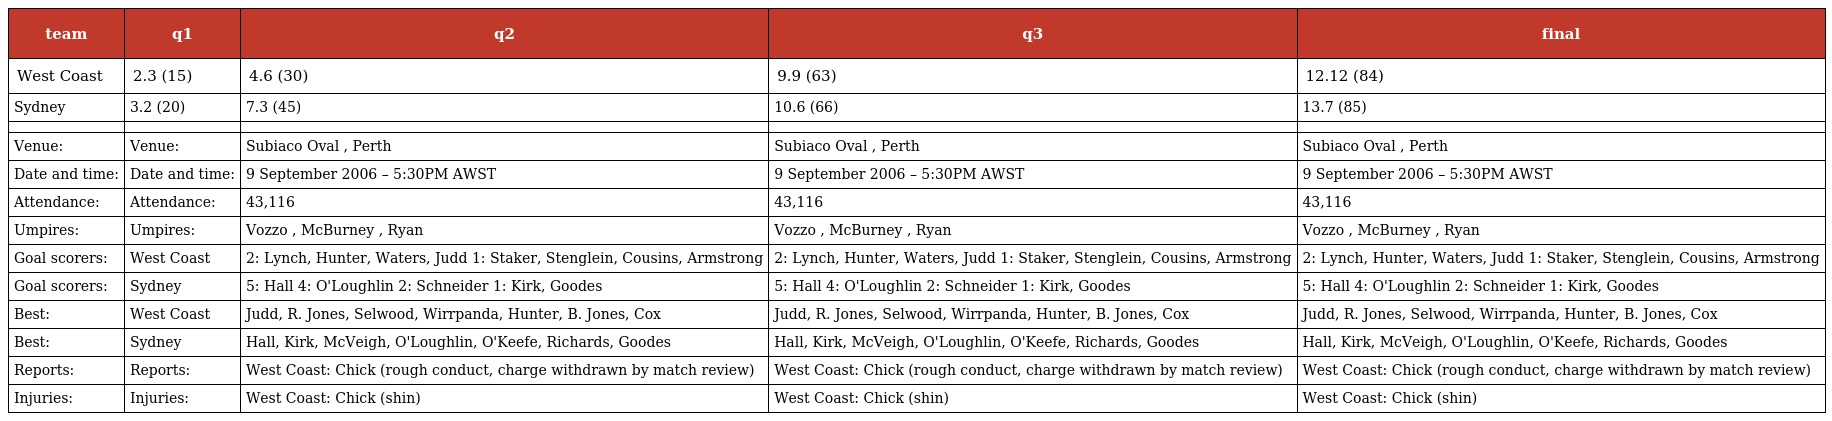
| team | q1 | q2 | q3 | final |
 | --- | --- | --- | --- | --- |
 | West Coast | 2.3 (15) | 4.6 (30) | 9.9 (63) | 12.12 (84) |
 | Sydney | 3.2 (20) | 7.3 (45) | 10.6 (66) | 13.7 (85) |
 |  |  |  |  |  |
 | Venue: | Venue: | Subiaco Oval , Perth | Subiaco Oval , Perth | Subiaco Oval , Perth |
 | Date and time: | Date and time: | 9 September 2006 – 5:30PM AWST | 9 September 2006 – 5:30PM AWST | 9 September 2006 – 5:30PM AWST |
 | Attendance: | Attendance: | 43,116 | 43,116 | 43,116 |
 | Umpires: | Umpires: | Vozzo , McBurney , Ryan | Vozzo , McBurney , Ryan | Vozzo , McBurney , Ryan |
 | Goal scorers: | West Coast | 2: Lynch, Hunter, Waters, Judd 1: Staker, Stenglein, Cousins, Armstrong | 2: Lynch, Hunter, Waters, Judd 1: Staker, Stenglein, Cousins, Armstrong | 2: Lynch, Hunter, Waters, Judd 1: Staker, Stenglein, Cousins, Armstrong |
 | Goal scorers: | Sydney | 5: Hall 4: O'Loughlin 2: Schneider 1: Kirk, Goodes | 5: Hall 4: O'Loughlin 2: Schneider 1: Kirk, Goodes | 5: Hall 4: O'Loughlin 2: Schneider 1: Kirk, Goodes |
 | Best: | West Coast | Judd, R. Jones, Selwood, Wirrpanda, Hunter, B. Jones, Cox | Judd, R. Jones, Selwood, Wirrpanda, Hunter, B. Jones, Cox | Judd, R. Jones, Selwood, Wirrpanda, Hunter, B. Jones, Cox |
 | Best: | Sydney | Hall, Kirk, McVeigh, O'Loughlin, O'Keefe, Richards, Goodes | Hall, Kirk, McVeigh, O'Loughlin, O'Keefe, Richards, Goodes | Hall, Kirk, McVeigh, O'Loughlin, O'Keefe, Richards, Goodes |
 | Reports: | Reports: | West Coast: Chick (rough conduct, charge withdrawn by match review) | West Coast: Chick (rough conduct, charge withdrawn by match review) | West Coast: Chick (rough conduct, charge withdrawn by match review) |
 | Injuries: | Injuries: | West Coast: Chick (shin) | West Coast: Chick (shin) | West Coast: Chick (shin) |